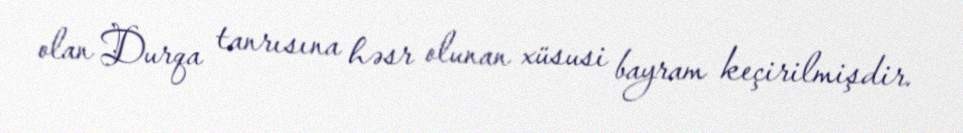
olan Durqa tanrısına həsr olunan xüsusi bayram keçirilmişdir.